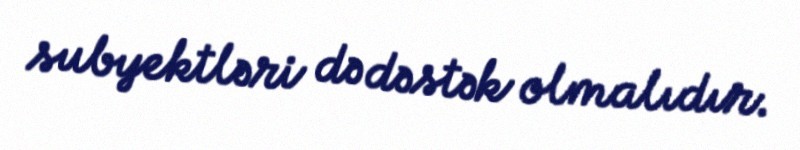
subyektləri də dəstək olmalıdır.